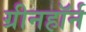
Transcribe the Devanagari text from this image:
ग्रीनहॉर्न